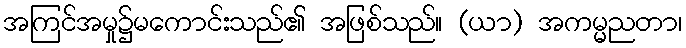
အကြင်အမှု၌မကောင်းသည်၏ အဖြစ်သည်။ (ယာ) အကမ္မညတာ၊